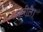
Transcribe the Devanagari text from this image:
ज़हरीले।